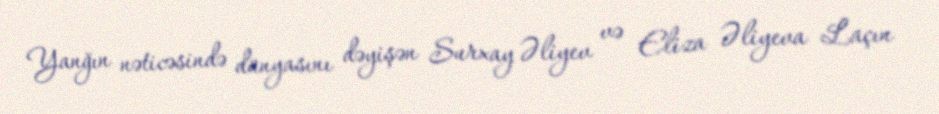
Yanğın nəticəsində dünyasını dəyişən Surxay Əliyev və Eliza Əliyeva Laçın